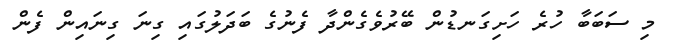
މި ސަބަބާ ހުރެ ހަށިގަނޑުން ބޭރުވެގެންދާ ފެނުގެ ބަދަލުގައި ގިނަ ގިނައިން ފެން